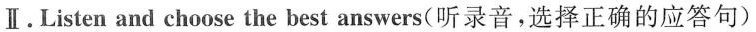
Ⅱ.Listen and choose the best answers(听录音,选择正确的应答句)